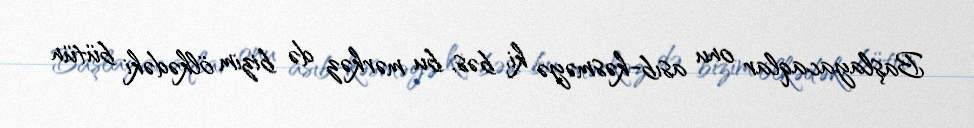
Başlayacaqlar onu asıb-kəsməyə ki, bəs, bu mərkəz də bizim ölkədəki bütün